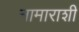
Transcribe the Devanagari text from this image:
नामाराशी